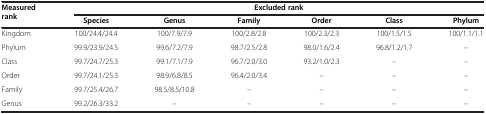
| <ROWSPAN=2> Measured rank | <COLSPAN=6> Excluded rank |
 | Species | Genus | Family | Order | Class | Phylum |
 | --- | --- | --- | --- | --- | --- | --- |
 | Kingdom | 100/24.4/24.4 | 100/7.9/7.9 | 100/2.8/2.8 | 100/2.3/2.3 | 100/1.5/1.5 | 100/1.1/1.1 |
 | Phylum | 99.9/23.9/24.5 | 99.6/7.2/7.9 | 98.7/2.5/2.8 | 98.0/1.6/2.4 | 96.8/1.2/1.7 | – |
 | Class | 99.7/24.7/25.3 | 99.1/7.1/7.9 | 96.7/2.0/3.0 | 93.2/1.0/2.3 | – | – |
 | Order | 99.7/24.1/25.3 | 98.9/6.8/8.5 | 96.4/2.0/3.4 | – | – | – |
 | Family | 99.7/25.4/26.7 | 98.5/8.5/10.8 | – | – | – | – |
 | Genus | 99.2/26.3/33.2 | – | – | – | – | – |